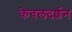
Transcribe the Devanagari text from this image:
केवलदर्शन